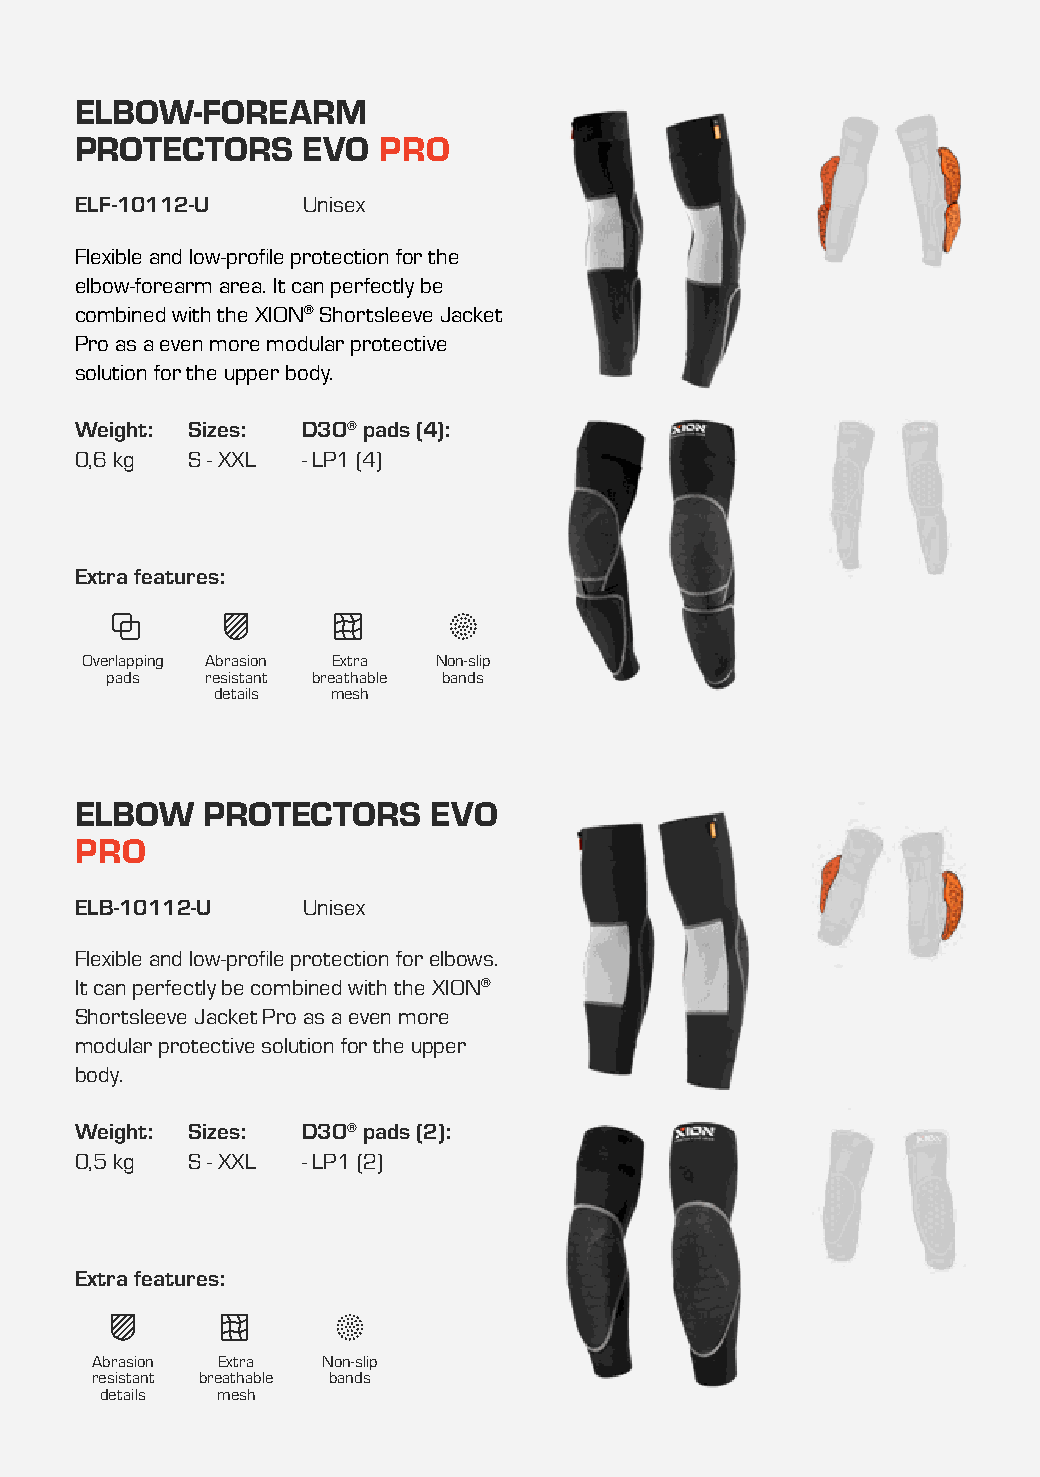
ELBOW-FOREARM
 PROTECTORS     EVO  PRO
 ELF-10112-U    Unisex
 Flexible and low-profile protection for the
 elbow-forearm area. It can perfectly be
 combined with the XION® Shortsleeve Jacket
 Pro as a even more modular protective
 solution for the upper body.
 Weight: Sizes: D3O® pads (4):
 0,6 kg S - XXL - LP1 (4)
 Extra features:
 Overlapping Abrasion Extra Non-slip
 pads   resistant breathable bands
 details mesh
 ELBOW   PROTECTORS      EVO
 PRO
 ELB-10112-U    Unisex
 Flexible and low-profile protection for elbows.
 It can perfectly be combined with the XION®
 Shortsleeve Jacket Pro as a even more
 modular protective solution for the upper
 body.
 Weight: Sizes: D3O® pads (2):
 0,5 kg S - XXL - LP1 (2)
 Extra features:
 Abrasion Extra Non-slip
 resistant breathable bands
 details mesh